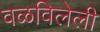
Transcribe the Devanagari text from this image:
वळविलेली